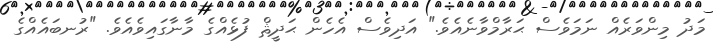
މަދު މިންވަރެއް ނަމަވެސް ޙަރާމްވާނެއެވެ." އަދިވެސް އެހެން ޙަދީޘް ފުޅެއްގެ މާނާގައިވެއެވެ. "ރުނބައެއްގެ